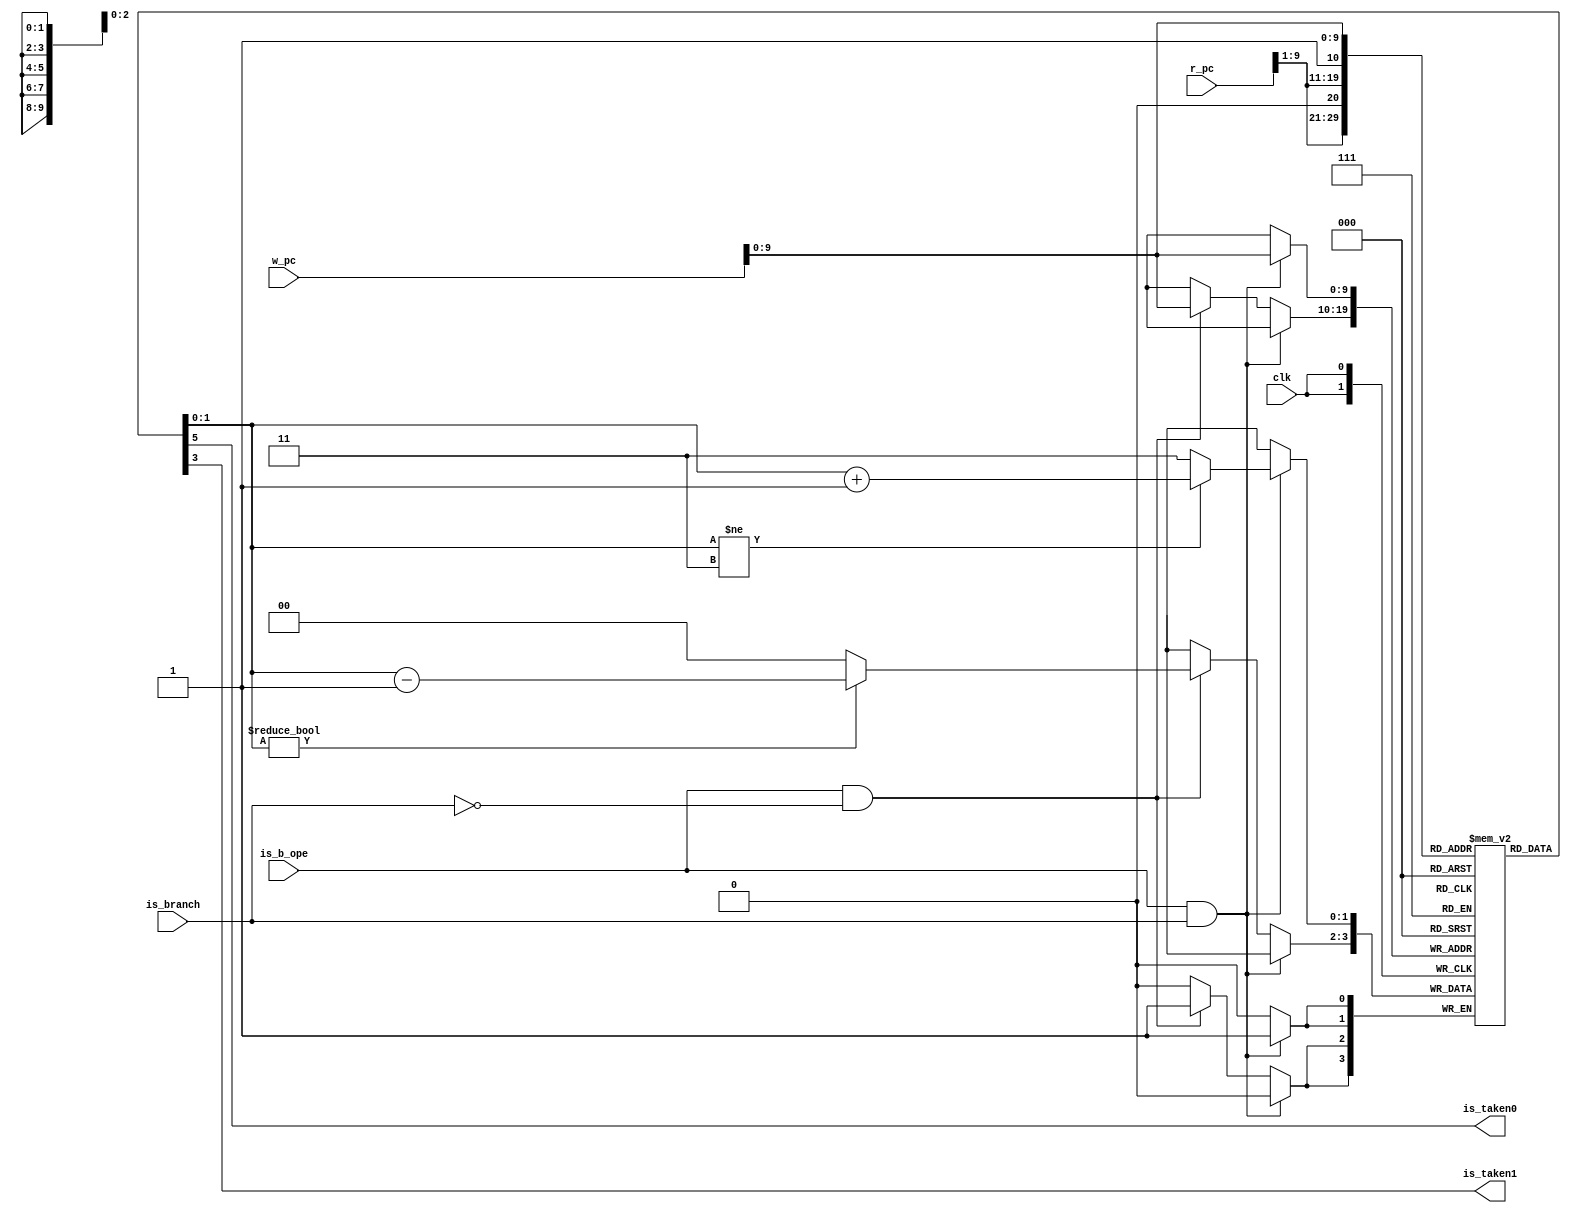
module bp(
	input wire clk,
	input wire [13:0] r_pc,
	output wire is_taken0,
	output wire is_taken1,
	
	input wire is_b_ope,
	input wire is_branch,
	input wire [13:0] w_pc
	);

	reg [1:0] mem [1023:0];

	wire [9:0] addr0;
	wire [9:0] addr1;

	assign addr0 = {r_pc[9:1],1'b0};
	assign addr1 = {r_pc[9:1],1'b1};
	assign is_taken0 = mem[addr0][1];
	assign is_taken1 = mem[addr1][1];

	always @(posedge clk) begin
		if(is_b_ope & is_branch) begin
			mem[w_pc] <= mem[w_pc] != 2'b11 ? mem[w_pc]+1'b1 : 2'b11;
		end else if(is_b_ope & ~is_branch) begin
			mem[w_pc] <= mem[w_pc] != 2'b00 ? mem[w_pc]-1'b1 : 2'b00;
		end
	end
	

	integer i;
	initial begin
		for(i=0;i<1024;i=i+1) begin
			mem[i] <= 2'b01;
		end
	end

endmodule